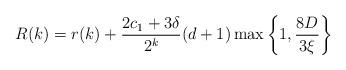
LaTeX: \begin{align*}R(k) = r(k) + \frac{2c_1 + 3 \delta}{2^k} (d+1) \max \left\{ 1, \frac{8D}{3\xi} \right\}\end{align*}